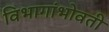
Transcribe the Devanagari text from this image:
विभागांभोवती